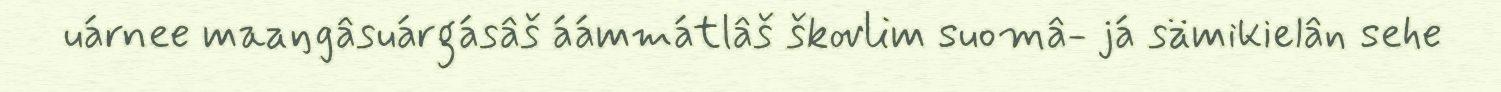
uárnee maaŋgâsuárgásâš áámmátlâš škovlim suomâ- já sämikielân sehe